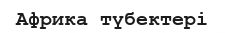
Африка түбектері